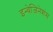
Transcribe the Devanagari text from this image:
इन्वेजिनेशंस